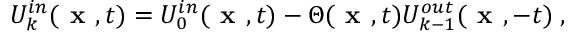
U _ { k } ^ { i n } ( \textbf { x } , t ) = U _ { 0 } ^ { i n } ( \textbf { x } , t ) - \Theta ( \textbf { x } , t ) U _ { k - 1 } ^ { o u t } ( \textbf { x } , - t ) \; ,